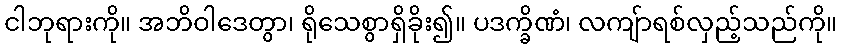
ငါဘုရားကို။ အဘိဝါဒေတွာ၊ ရိုသေစွာရှိခိုး၍။ ပဒက္ခိဏံ၊ လကျ်ာရစ်လှည့်သည်ကို။